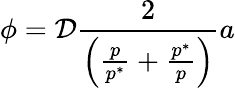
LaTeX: \phi=\mathcal{D}\frac{{2}}{{\left(\frac{{p}}{{p^{*}}}+\frac{{p^{*}}}{{p}}\right)}}a